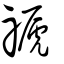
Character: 禠